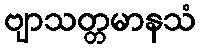
ဗျာသတ္တမာနသံ